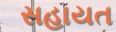
સહાયત